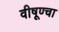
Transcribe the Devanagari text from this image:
वीषूण्चा